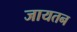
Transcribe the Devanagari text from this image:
जायतन